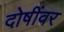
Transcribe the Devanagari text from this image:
दोषींवर